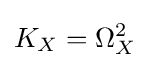
K_{X}=\Omega _{X}^{2}